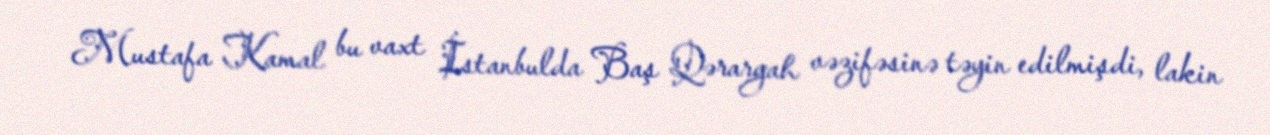
Mustafa Kamal bu vaxt İstanbulda Baş Qərargah vəzifəsinə təyin edilmişdi, lakin